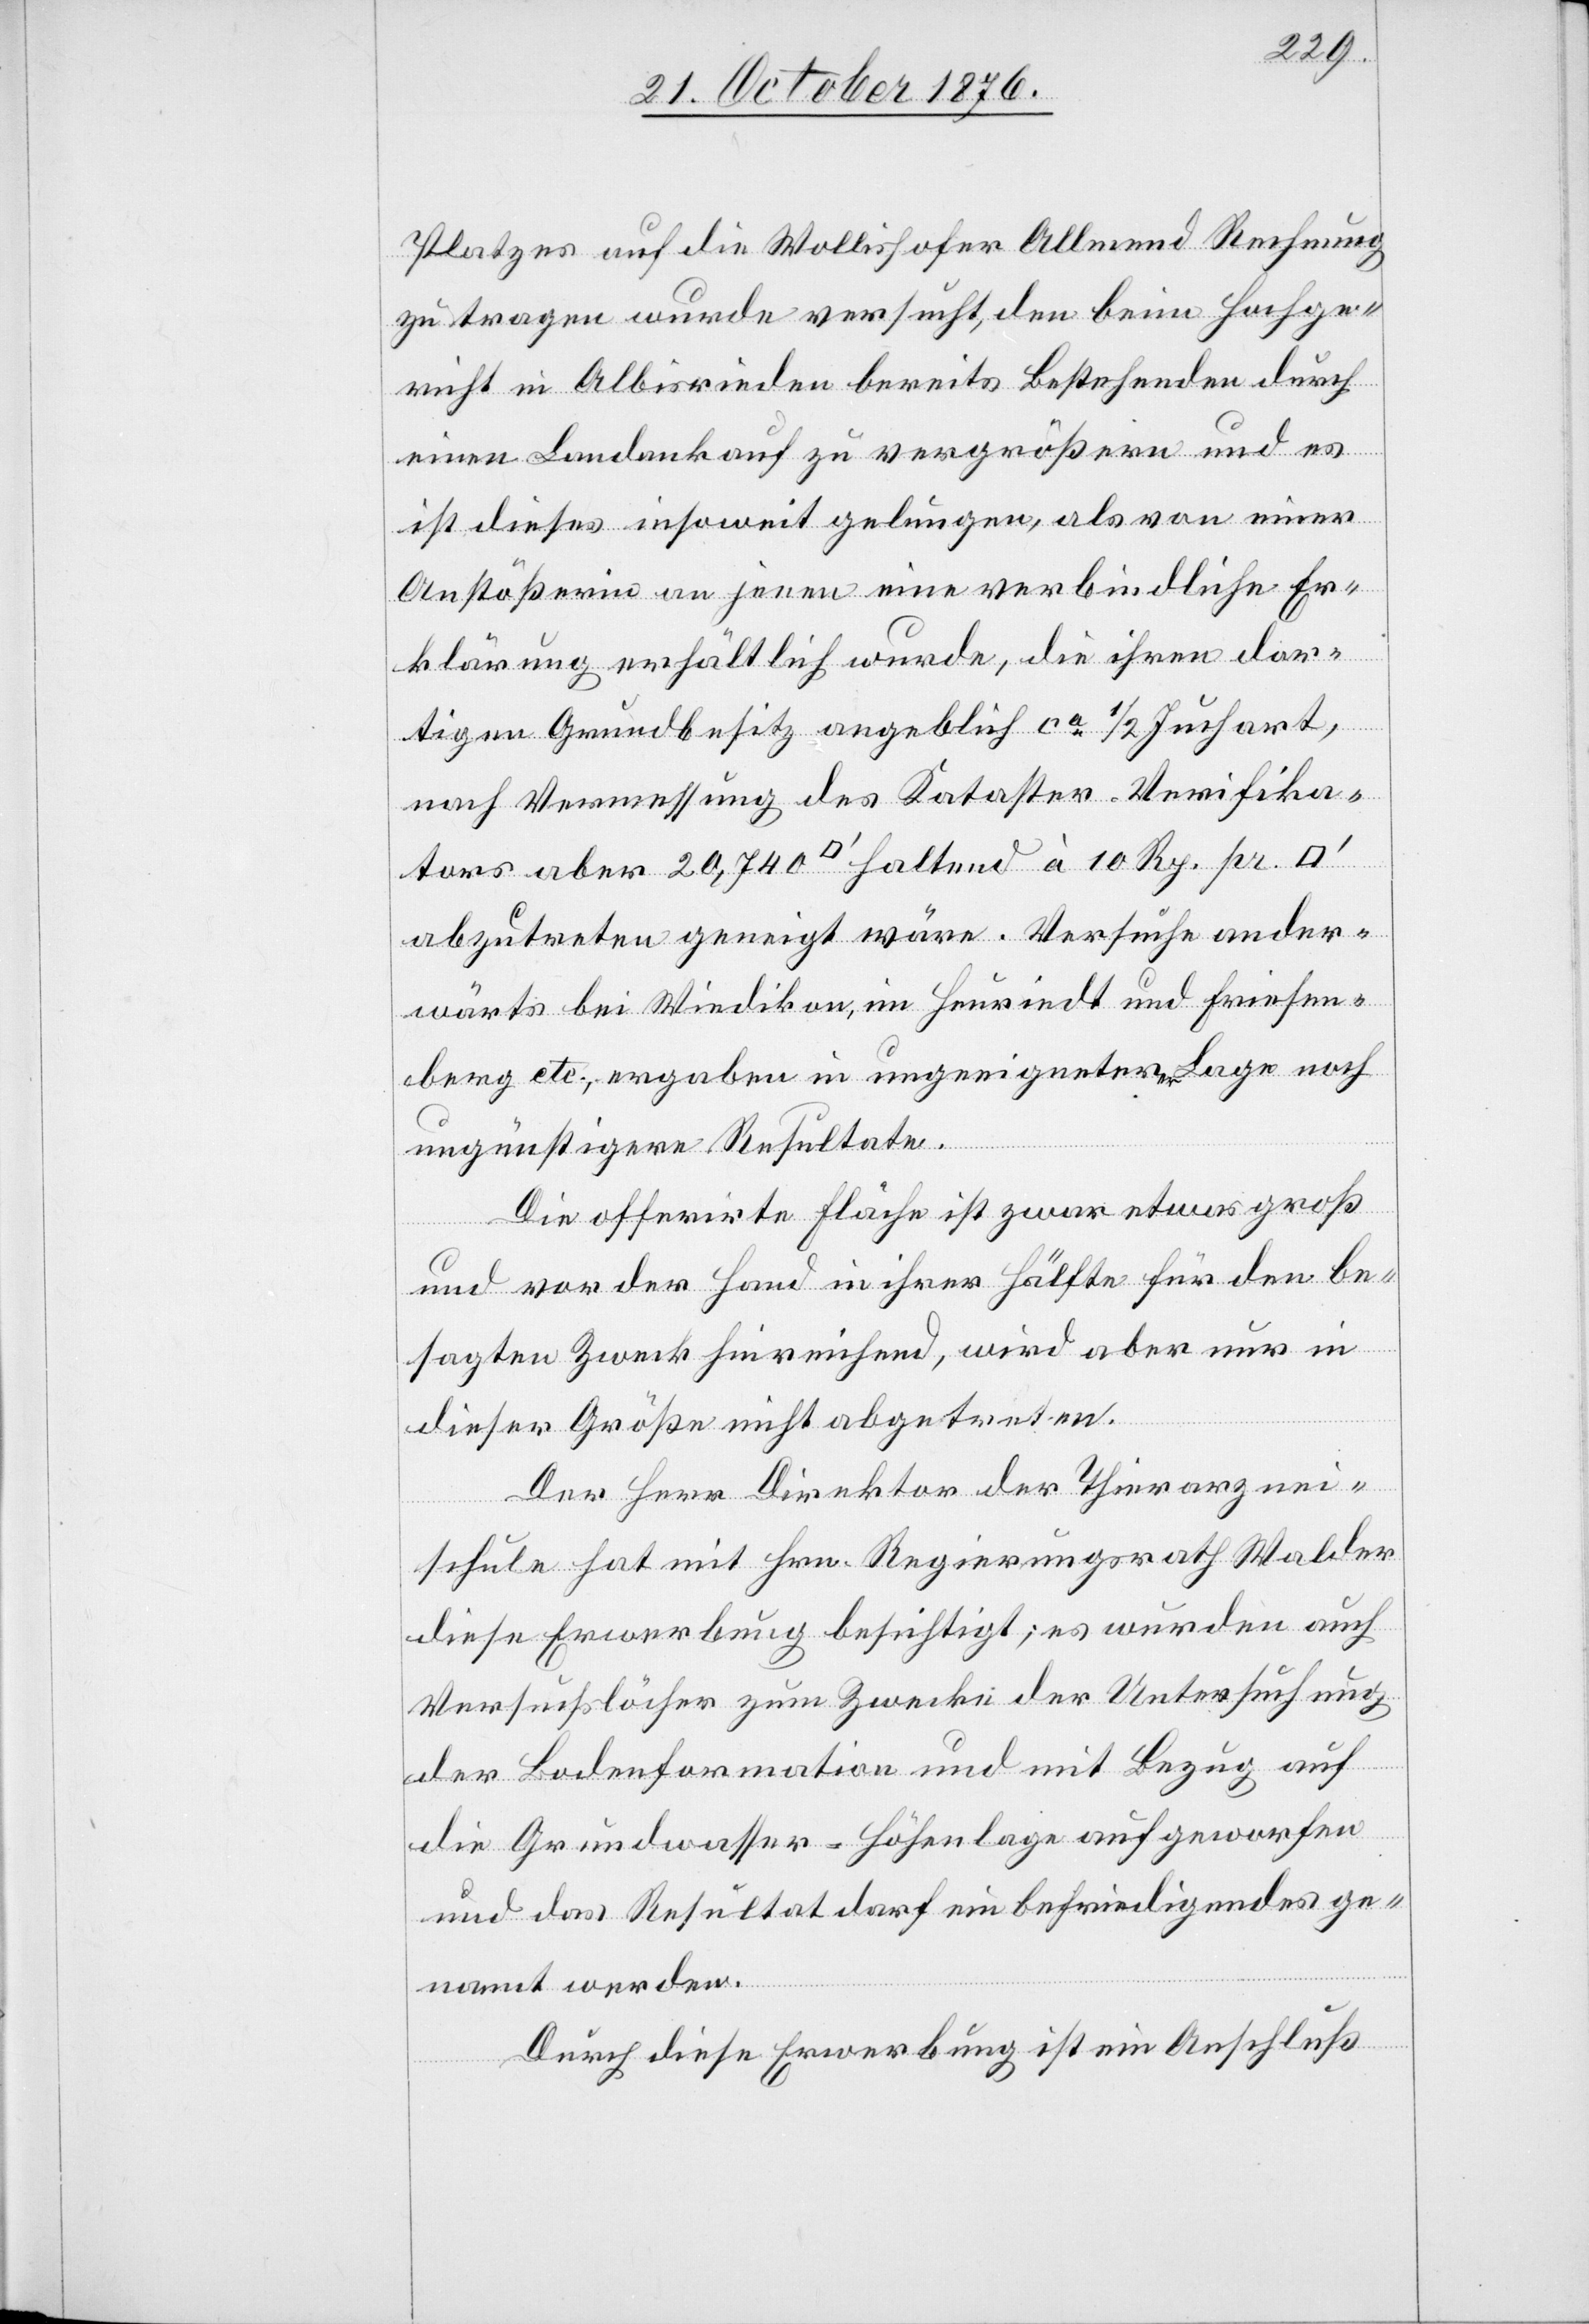
Platzes auf die Wollishofer Allmend Rechnung
zu tragen wurde versucht, den beim Hochge¬
richt in Albisrieden bereits Bestehenden durch
einen Landankauf zu vergrößern und es
ist dieses insoweit gelungen, als von einer
Anstößerin an jenen eine verbindliche Er¬
klärung erhältlich wurde, die ihren dor¬
tigen Grundbesitz angeblich ca 1/2 Juchart,
nach Vermessung des Kataster-Verifika¬
tors aber 20,740 [Quadratfuß] haltend à 10 Rp. pr
abzutreten geneigt wäre. Versuche ander¬
wärts bei Wiedikon, im Heuriedt und Friesen¬
berg etc., ergaben in ungeeigneter Lage noch
ungünstigere Resultate.
Die offerirte Fläche ist zwar etwas groß
und vor der Hand in ihrer Hälfte für den be¬
sagten Zweck hinreichend, wird aber nur in
dieser Größe nicht abgetreten.
Der Herr Direktor der Thierarznei¬
schule hat mit Hrn. Regierungsrath Walder
diese Erwerbung besichtigt; es wurden auch
Versuchslöcher zum Zwecke der Untersuchung
der Bodenformation und mit Bezug auf
die Grundwasser-Höhenlage aufgeworfen
und das Resultat darf ein befriedigendes ge¬
nannt werden.
Durch diese Erwerbung ist ein Anschluß